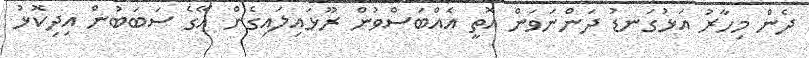
ދެން މިހާރު އަޅުގަނޑު ދަންނަވަން އޮތީ އެއްބަސްވުން ރޫޅައިލައިގެން އޭގެ ސަބަބުން އިދިކޮޅު